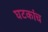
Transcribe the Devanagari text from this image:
घटकांच